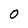
Character: 0